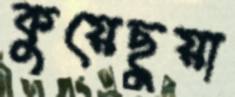
কুয়েছুয়া